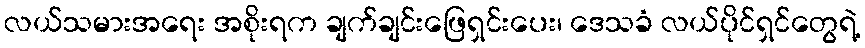
လယ်သမားအရေး အစိုးရက ချက်ချင်းဖြေရှင်းပေး၊ ဒေသခံ လယ်ပိုင်ရှင်တွေရဲ့